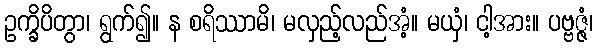
ဥက္ခိပိတွာ၊ ရွက်၍။ န စရိဿာမိ၊ မလှည့်လည်အံ့။ မယှံ၊ ငါ့အား။ ပဗ္ဗဇ္ဇံ၊